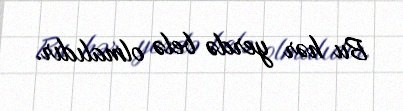
Bu hər yerdə belə olmalıdır.